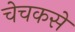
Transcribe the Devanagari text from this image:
चेचकसे